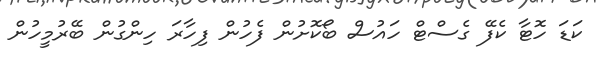
ކަޑަ ހޮޓާ ކެފޭ ގެސްޓް ހައުސް ބޯކޮށުން ފެހުން ފިހާރަ ހިންގުން ބޭރުމީހުން